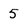
Character: 5